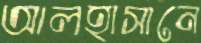
আলহাসানে